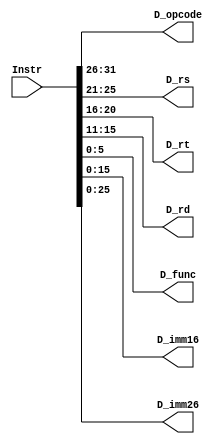
`timescale 1ns / 1ps
//-------------------------------------------------------------------------------------------


//------------------------------------------------------------------------------------
module D_Splitter(
    input [31:0] Instr,
    output [5:0] D_opcode,
    output [4:0] D_rs,
    output [4:0] D_rt,
    output [4:0] D_rd,
    output [5:0] D_func,
    output [15:0] D_imm16,
    output [25:0] D_imm26
    );
//---------------------------------------------------------------------------------------------


//splitter-------------------------------------------------------------------------------------
    assign D_opcode = Instr[31:26];
    assign D_rs = Instr[25:21];
    assign D_rt = Instr[20:16];
    assign D_rd = Instr[15:11];
    assign D_func = Instr[5:0];
    assign D_imm16 = Instr[15:0];
    assign D_imm26 = Instr[25:0];
//----------------------------------------------------------------------------------------------

endmodule